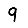
Digit: 9